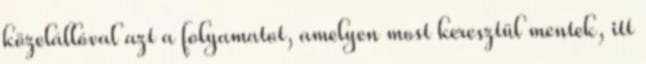
közelállóval azt a folyamatot, amelyen most keresztül mentek, itt